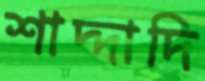
শাদ্দাদি